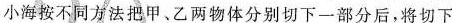
小海按不同方法把甲、乙两物体分别切下一部分后，将切下